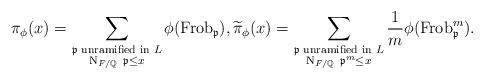
LaTeX: \begin{align*}\pi_{\phi}(x)=\sum_{\substack{\textup{$\mathfrak{p}$ unramified in $L$} \\ \mathrm{N}_{F/\mathbb{Q}}~\mathfrak{p}\leq x}}\phi(\mathrm{Frob}_{\mathfrak{p}}),\widetilde{\pi}_{\phi}(x)=\sum_{\substack{\textup{$\mathfrak{p}$ unramified in $L$} \\ \mathrm{N}_{F/\mathbb{Q}}~\mathfrak{p}^m\leq x}}\frac{1}{m}\phi(\mathrm{Frob}_{\mathfrak{p}}^m).\end{align*}